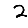
Digit: 2